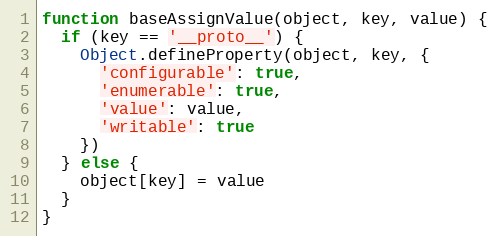
Language: JavaScript
function baseAssignValue(object, key, value) {
  if (key == '__proto__') {
    Object.defineProperty(object, key, {
      'configurable': true,
      'enumerable': true,
      'value': value,
      'writable': true
    })
  } else {
    object[key] = value
  }
}